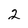
Character: 2